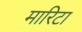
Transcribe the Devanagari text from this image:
मारिटा